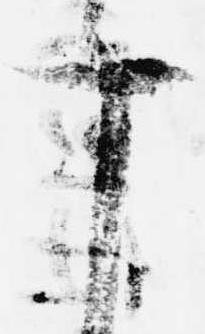
十